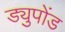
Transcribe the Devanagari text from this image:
ड्युपोंड